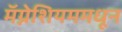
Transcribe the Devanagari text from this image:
मॅग्नेशियममधून